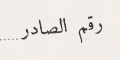
رقم الصادر